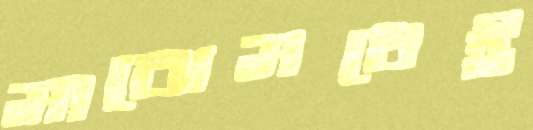
মাঝেমধেই